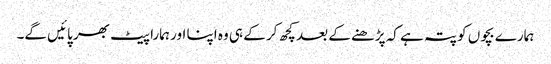
ہمارے بچوں کو پتہ ہے کہ پڑھنے کے بعد کچھ کر کے ہی وہ اپنا اور ہمارا پیٹ بھر پائیں گے۔